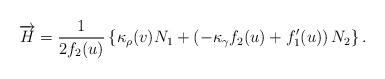
LaTeX: \begin{align*}\overrightarrow{H}=\frac{1}{2f_{2}(u)}\left \{ \kappa _{\rho}(v)N_{1}+\left( -\kappa _{\gamma }f_{2}(u)+f_{1}^{\prime }(u)\right)N_{2}\right \} . \end{align*}